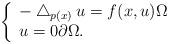
LaTeX: \begin{align*}\left\{\begin{array}{l}-\bigtriangleup _{p(x)}u=f(x,u)\Omega \\u=0\partial \Omega.\end{array}\right. \end{align*}